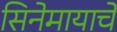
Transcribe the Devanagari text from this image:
सिनेमायाचे